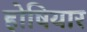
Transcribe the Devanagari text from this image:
होषियार